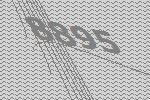
8895